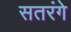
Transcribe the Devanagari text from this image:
सतरंगे